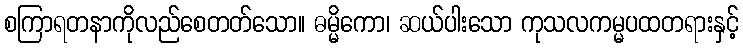
စကြာရတနာကိုလည်စေတတ်သော။ ဓမ္မိကော၊ ဆယ်ပါးသော ကုသလကမ္မပထတရားနှင့်